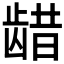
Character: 𫜬